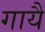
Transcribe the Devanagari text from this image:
गायै